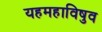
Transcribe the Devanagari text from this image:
यहमहाविषुव